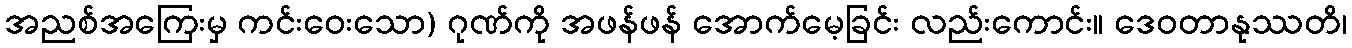
အညစ်အကြေးမှ ကင်းဝေးသော) ဂုဏ်ကို အဖန်ဖန် အောက်မေ့ခြင်း လည်းကောင်း။ ဒေဝတာနုဿတိ၊